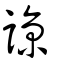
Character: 諒